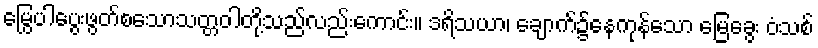
မြွေပါပွေးဖွတ်စသောသတ္တဝါတို့သည်လည်းကောင်း။ ဒရိသယာ၊ ချောက်၌နေကုန်သော မြေခွေး ဝံသစ်